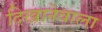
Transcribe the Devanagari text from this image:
दिखानेवाला